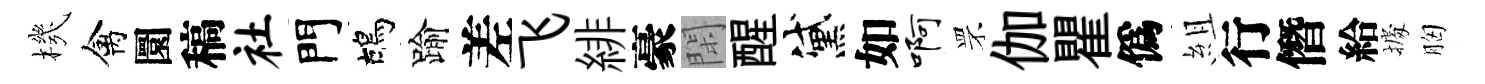
機禽圜稿社門鴣踰差飞緋豪閑醒黛如啊罘伽瞿僞組行僭給𢴃胸